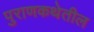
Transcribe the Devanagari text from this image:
पुराणकथेतील